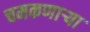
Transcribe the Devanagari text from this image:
चमकणार्‍या